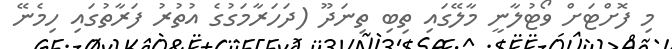
މި ފޮށްޓަށް ވޯޓުލާނީ މާލޭގައި ތިބި ތިނަދޫ (ދަހަރާމަގުގެ އުތުރު ފަރާތުގައި ހިމެނޭ